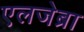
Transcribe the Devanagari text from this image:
एलजेब्रा